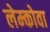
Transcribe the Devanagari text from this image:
लेम्कोवा